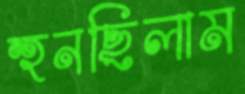
হুনছিলাম